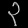
Digit: ၃